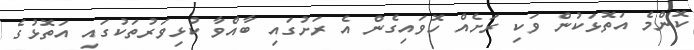
ކޮންމެ އަތޮޅަކުން ވަކި ރަށެއް ހޮވައިގެން އެ ރަށުގައި ބާއްވާ ކުޅިވަރުތަކުގައި އަތޮޅުގެ